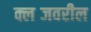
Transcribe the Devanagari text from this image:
क्लब्जवरील